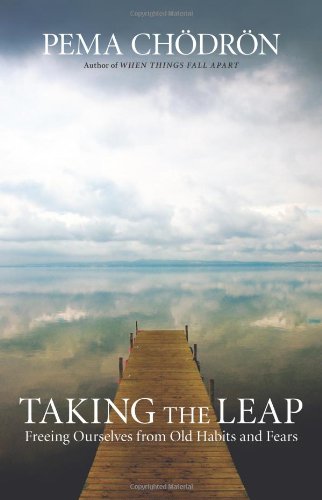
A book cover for Taking the Leap: Freeing Ourselves from Old Habits and Fears; Pema Chodron; Politics & Social Sciences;